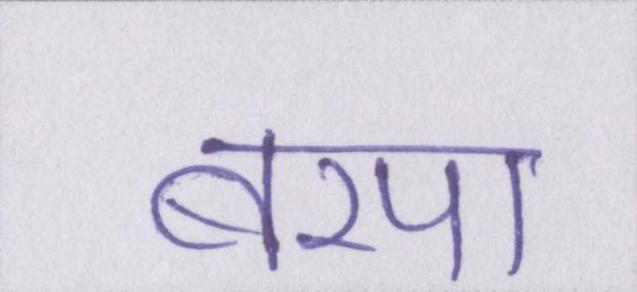
बरपा